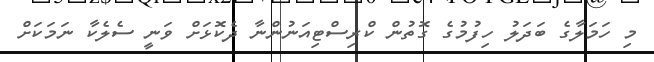
މި ހަމަލާގެ ބަދަލު ހިފުމުގެ ގޮތުން ކްރިސްޓިއަނުންނާ ދެކޮޅަށް ވަނީ ސެލެކާ ނަމަކަށް